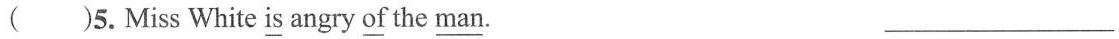
( )5. Miss White \underline{is} angry \underline{of} the \underline{man} . ___